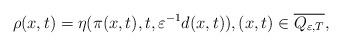
LaTeX: \begin{align*} \rho(x,t) = \eta(\pi(x,t),t,\varepsilon^{-1}d(x,t)), (x,t) \in \overline{Q_{\varepsilon,T}},\end{align*}